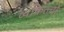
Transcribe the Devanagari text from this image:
व्यक्तित्त्वों